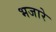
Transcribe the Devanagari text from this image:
भजारे